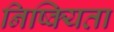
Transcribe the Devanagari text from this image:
निष्क्यिता